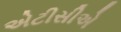
એટીસીએ